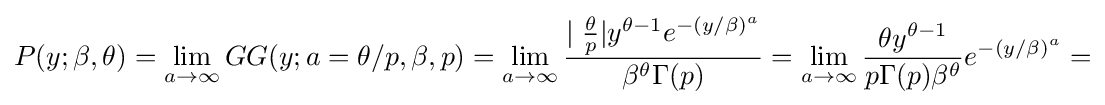
P(y;\beta ,\theta )=\lim _{a\rightarrow \infty }GG(y;a=\theta /p,\beta ,p)=\lim _{a\rightarrow \infty }{\frac {\mid {\frac {\theta }{p}}|y^{\theta -1}e^{-(y/\beta )^{a}}}{\beta ^{\theta }\Gamma (p)}}=\lim _{a\rightarrow \infty }{\frac {\theta y^{\theta -1}}{p\Gamma (p)\beta ^{\theta }}}e^{-(y/\beta )^{a}}=